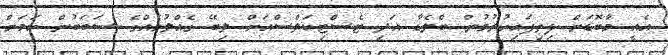
އެއީ މާބޮޑަށް ފިތިފައިހުރުމުން ބްލެޑާ އަދި ޓެސްޓިކަލްސްއަށް ލިބޭ ގެއްލުމެއްގެ ސަބަބުން ކަމަށް